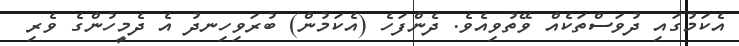
އެކަމުގައި ދުވަސްތަކެއް ވޭތުވިއެވެ. ދެންފަހެ (އެކަމުން) ބުރަވިހިނދު އެ ދެމީހުންގެ ވެރި